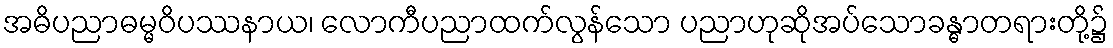
အဓိပညာဓမ္မဝိပဿနာယ၊ လောကီပညာထက်လွန်သော ပညာဟုဆိုအပ်သောခန္ဓာတရားတို့၌